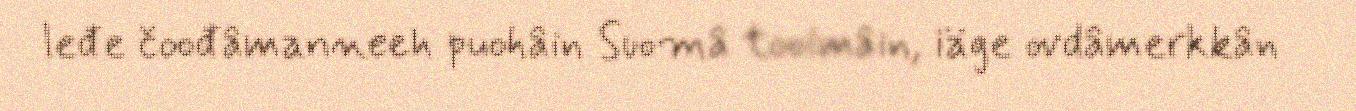
leđe čoođâmanneeh puohâin Suomâ tooimâin, iäge ovdâmerkkân